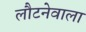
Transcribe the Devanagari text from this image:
लौटनेवाला